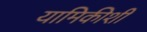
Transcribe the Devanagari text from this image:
यामिकीशी